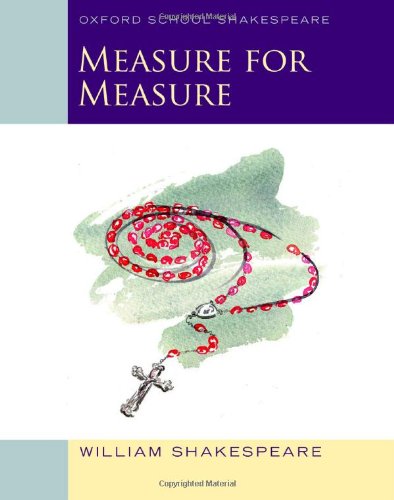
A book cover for Measure for Measure: Oxford School Shakespeare (Oxford School Shakespeare Series); William Shakespeare; Literature & Fiction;